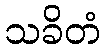
သခိတံ